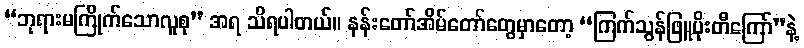
“ဘုရားမကြိုက်သောလူစု” အရ သိရပါတယ်။ နန်းတော်အိမ်တော်တွေမှာတော့ “ကြက်သွန်ဖြူပိုးတီကြော်”နဲ့